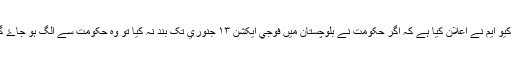
ايم کيو ايم نے اعلان کيا ہے کہ اگر حکومت نے بلوچستان ميں فوجي ايکشن ١٣ جنوري تک بند نہ کيا تو وہ حکومت سے الگ ہو جاۓ گي۔